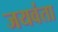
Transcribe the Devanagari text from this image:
जयवंता